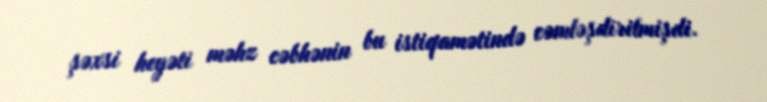
şəxsi heyəti məhz cəbhənin bu istiqamətində cəmləşdirilmişdi.